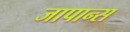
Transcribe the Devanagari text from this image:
जापान्स